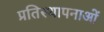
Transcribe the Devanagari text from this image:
प्रतिस्थापनाओं